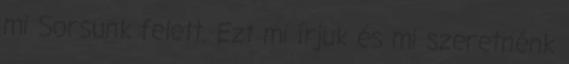
mi Sorsunk felett. Ezt mi írjuk és mi szeretnénk